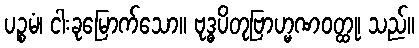
ပဉ္စမံ၊ ငါးခုမြောက်သော။ ဗုဒ္ဓပိတုဗြာဟ္မဏဝတ္ထု၊ သည်။